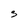
Character: S